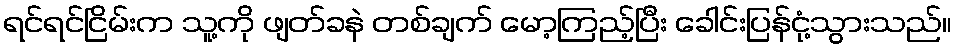
ရင်ရင်ငြိမ်းက သူ့ကို ဖျတ်ခနဲ တစ်ချက် မော့ကြည့်ပြီး ခေါင်းပြန်ငုံ့သွားသည်။